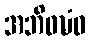
အဘိဝဍ္ဎံဝ